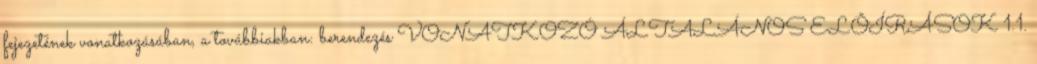
fejezetének vonatkozásában, a továbbiakban: berendezés VONATKOZÓ ÁLTALÁNOS ELÕÍRÁSOK 1.1.